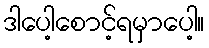
ဒါပေါ့စောင့်ရမှာပေါ့။